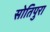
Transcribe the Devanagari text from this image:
सोतिपुरा